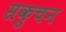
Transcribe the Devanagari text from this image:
सकुचन